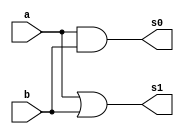
// -------------------------
// Exemplo_0602 - AND/OR MUX
// Nome: Maria Carolina Resende Jaudacy
// -------------------------
// gates
// -------------------------
module gates (input a, input b, output s0, output s1);
// descrever por portas
 and AND1 (s0, a, b);
 or OR1 (s1 , a, b);
endmodule // gates
// -------------------------
// multiplexer
// -------------------------
module mux (output s, input a, input b, input select);
 // definir dados locais
 wire notselect;
 wire sa;
 wire sb;
 
 // descrever por portas
 not NOT1 (notselect, select);
 and AND1 (sa, a, select);
 and AND2 (sb, b, notselect);
 or OR1 (s, sa, sb);
endmodule // mux
module test_main;
// ------------------------- definir dados
 reg a;
 reg b;
 reg select;
 wire e0;
 wire e1;
 wire s;

 gates GATES (a, b, e0, e1);
 mux MUX (s, e0, e1, select);
// ------------------------- parte principal
 initial
 begin : main
 $display("Exemplo_0602 - Maria Carolina Resende Jaudacy - 667477");
 $display("Test LU's module (select: 0 = and, 1 = or)");
 $display("select  a    b    s");

 // projetar testes do modulo
 $monitor("%4b %4b %4b %4b", select, a, b, s);
 select = 1'b0; a = 1'b0; b = 1'b0;
 #1 select = 1'b0; a = 1'b0; b = 1'b1;
 #1 select = 1'b0; a = 1'b1; b = 1'b0;
 #1 select = 1'b0; a = 1'b1; b = 1'b1;
 #1 select = 1'b1; a = 1'b0; b = 1'b0;
 #1 select = 1'b1; a = 1'b0; b = 1'b1;
 #1 select = 1'b1; a = 1'b1; b = 1'b0;
 #1 select = 1'b1; a = 1'b1; b = 1'b1;
 end
endmodule // test_main